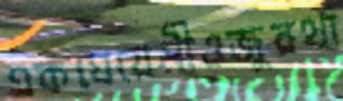
একঘেয়েমীওজুরথা